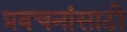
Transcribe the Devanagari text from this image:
प्रवचनांसाठी